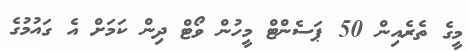
މީގެ ތެރެއިން 50 ޕަސެންޓް މީހުން ވޯޓް ދިން ކަމަށް އެ ގައުމުގެ